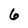
Character: 6